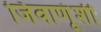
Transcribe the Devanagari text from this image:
जिवाणूंशी